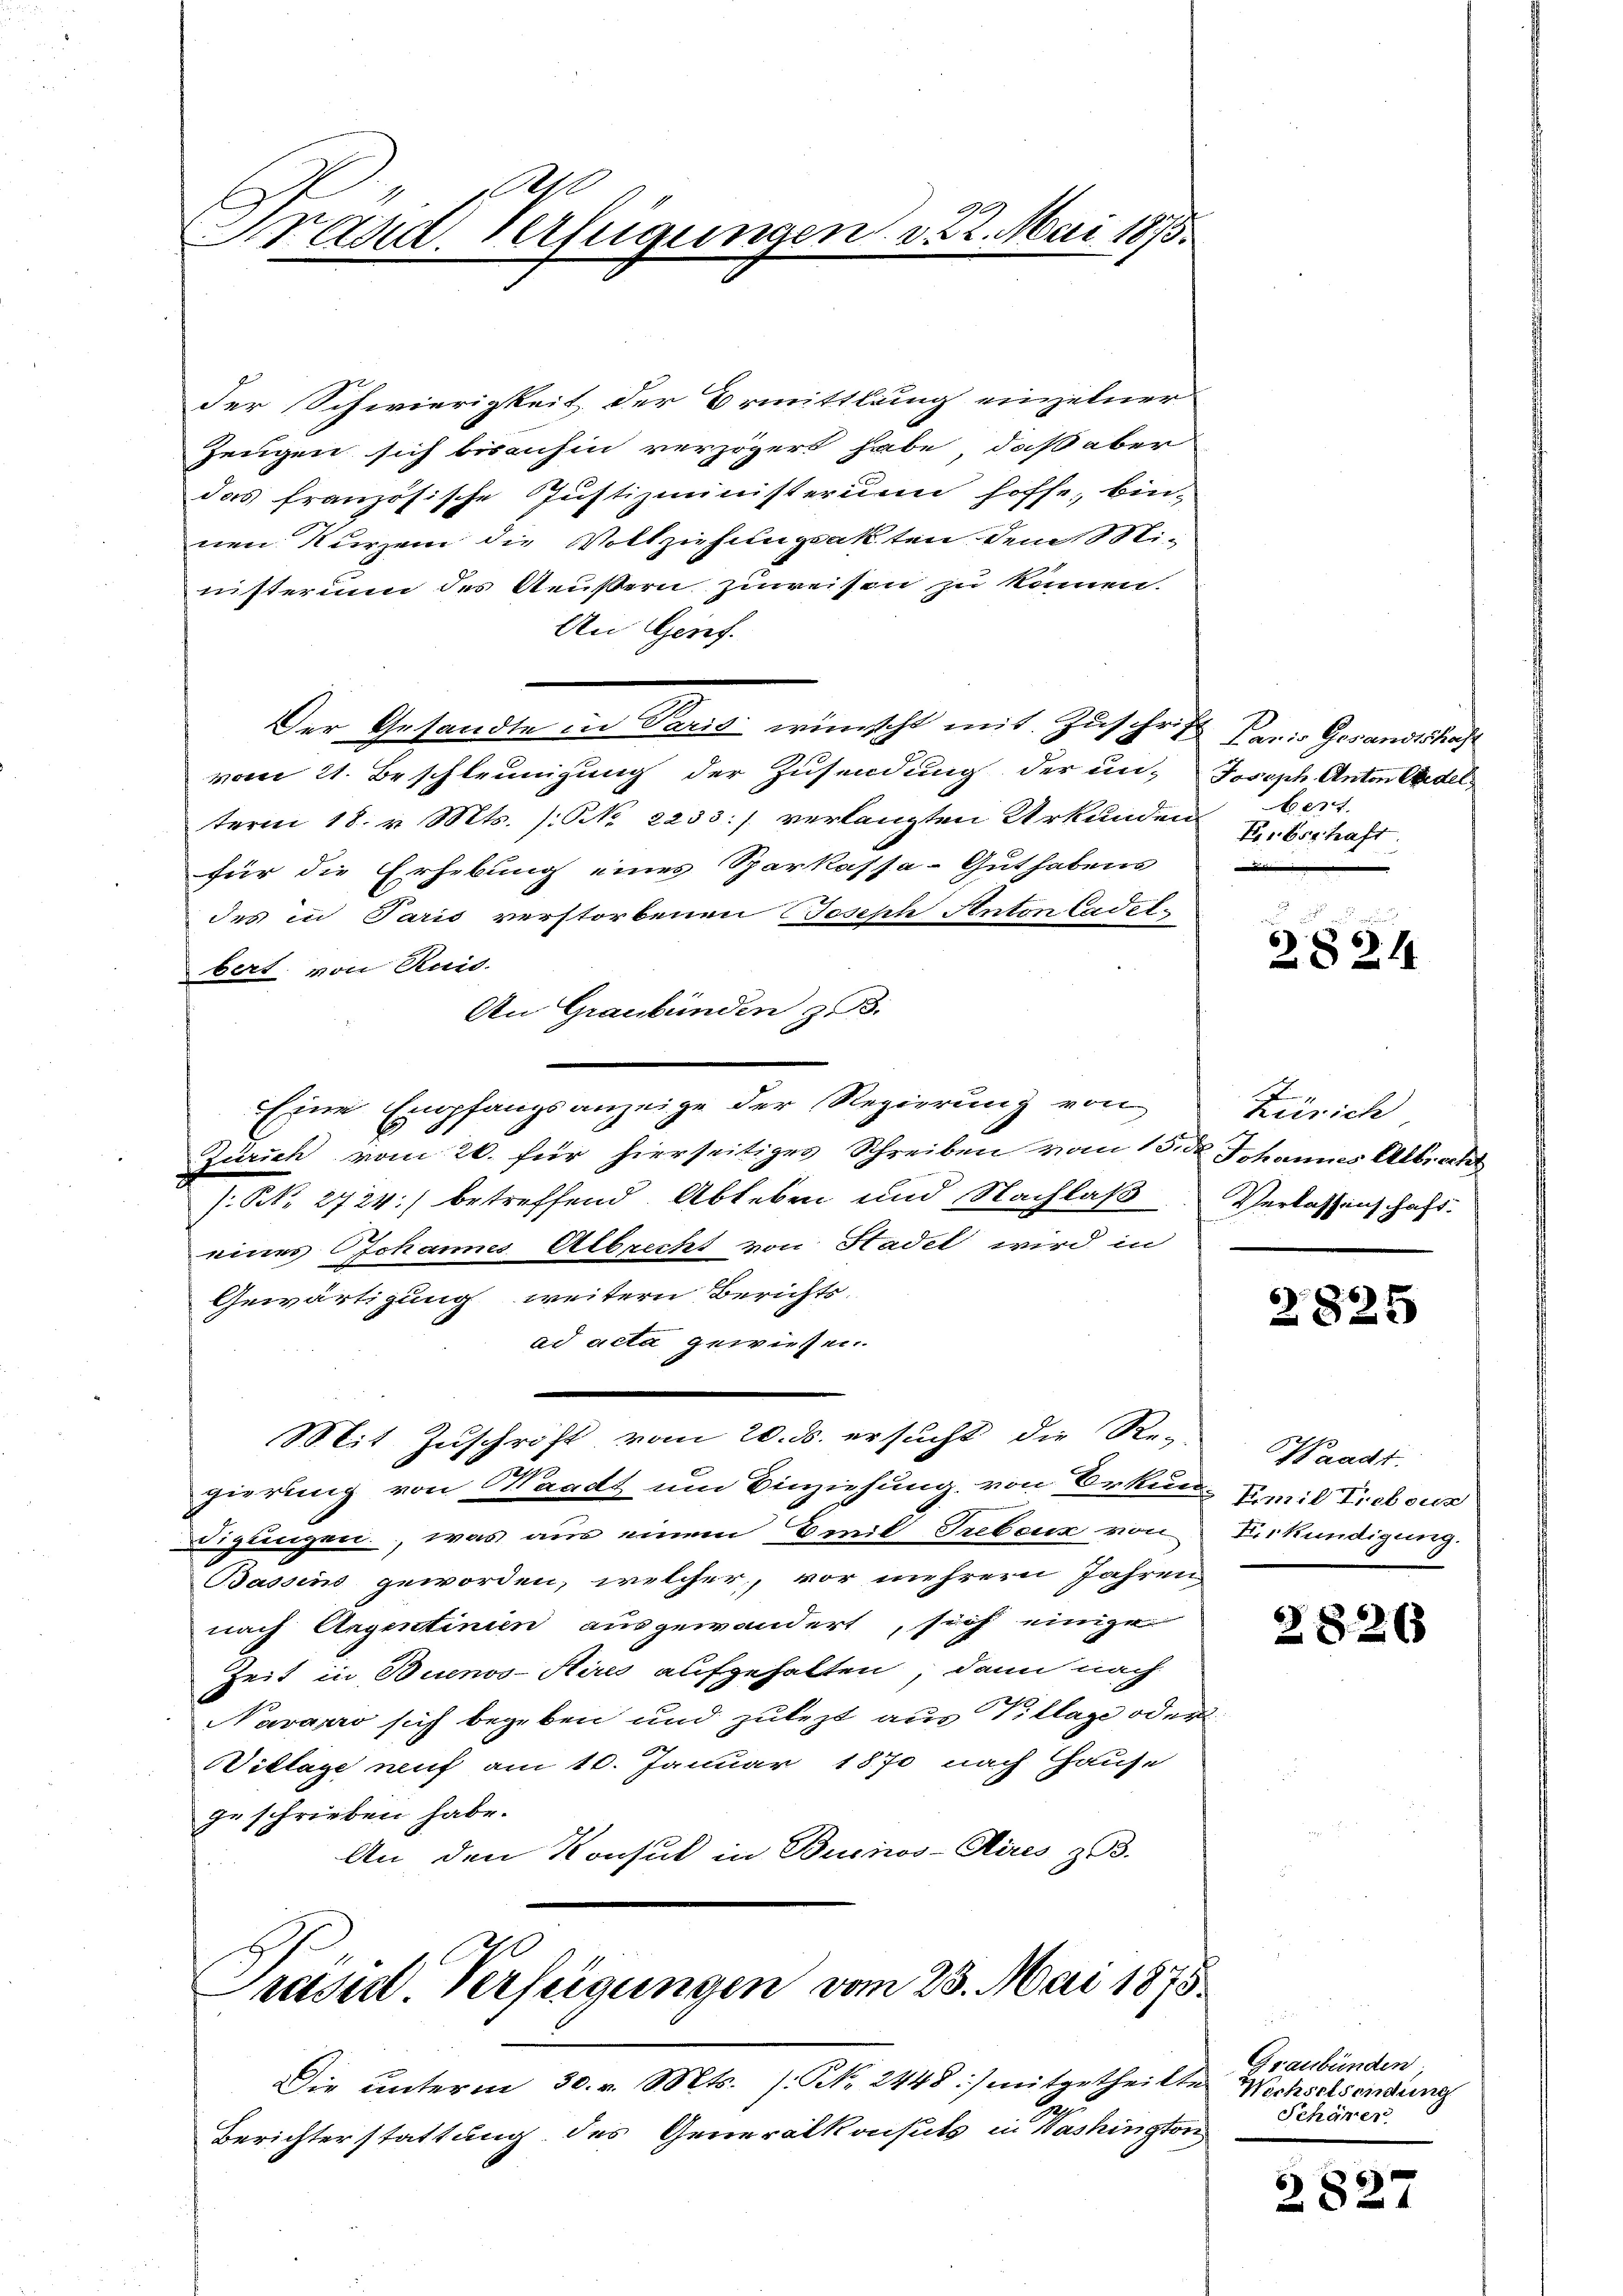
Frand Verfügungen d. 22. Mai 1875.

der Schwierigkeit der Ermittlung einzelner
Zeugen sich bisanhin verzögert habe, daß aber
das französische Justizministerium hoffe, bin-
nen Kurzem die Vollziehungsakten dem Mi-
nisterium des Aeußern zuweisen zu können.
An Genf.
Der Gesandte in Paris wünscht mit Zuschrift Paris Gesandtschaft
vom 21. Beschleunigung der Zusendung der un- Joseph Anton Andel
term 18. v. Mts. /: No 2233.) verlangten Urkunden
für die Erhebung eines Sparkassa-Gut habens
des in Paris verstorbenen Joseph Anton Cadelbert von Ruis.
An Graubünden z. B.
Eine Empfangsanzeige der Regierung von
Zürich vom 20. für hierseitiges Schreiben vom 13. d. Johannes Albrecht
(NNo. 2724) betreffend Ableben und Nachlaß
eines Johannes Albrecht von Stadel wird in
Gewärtigung weitern Berichts-
ad acta gewiesen.
Mit Zuschrift vom 20. ds. ersucht, die Re-
k
gierung von Waadt um Einziehung von Erkun- Emil Trobous
igungen, was aus einem Emil Trebenz von
Bassens geworden, welcher, vor mehrern Jahren
nach Argentinien ausgewandert, sich einige
Zeit in Buenos-Aires aufgehalten, dann nach
Navarro sich begeben und zulezt aus Village oder
Vitlage auf am 10. Januar 1870 nach Hause
ge schrieben habe.
An den Konsul in Buenos-Aires z.

Prasil. Verfeigungen vom 23. Mai 1875.
Die unterm 30. v. Mts. (: No 2448:/ mitgetheilte Wechselsendung

Berichterstattung des Generalkonsuls in Washington

best
Erbschaft.
.

es, we
2824

Zürich
Verlassenschaft.

2825

Waadt.
Ferkündigung.

2826

Graubünden,
Schärer

2827